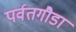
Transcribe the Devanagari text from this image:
पर्वतगौडा